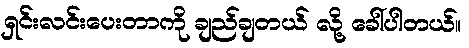
ရှင်းလင်းပေးတာကို ချည်ချတယ် လို့ ခေါ်ပါတယ်။